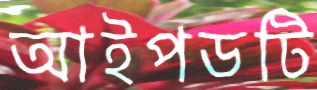
আইপডটি